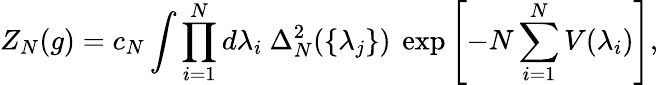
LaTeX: Z_{N}(g)=c_{N}\int\prod_{i=1}^{N}d\lambda_{i}\ \Delta_{N}^{2}(\{ \lambda_{j}\} )\ \exp\left[-N\sum_{i=1}^{N}V(\lambda_{i})\right],